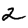
Digit: 2